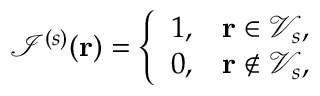
\mathcal { I } ^ { ( s ) } ( \mathbf { r } ) = \left\{ \begin{array} { l l } { 1 , } & { \mathbf { r } \in \mathcal { V } _ { s } , } \\ { 0 , } & { \mathbf { r } \notin \mathcal { V } _ { s } , } \end{array} \right.